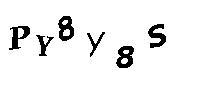
PY8Y8S